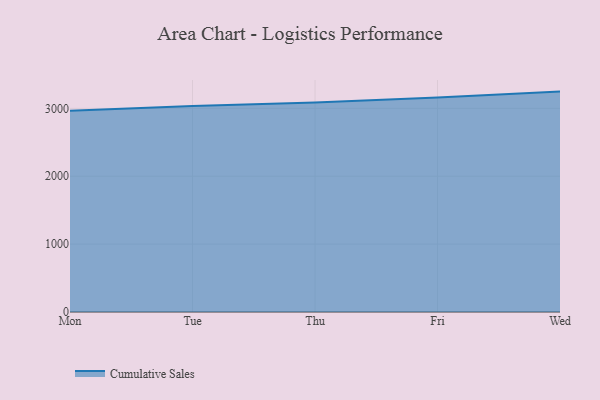
{"axis": {"x": "Day", "y": "Bounce Rate (%)"}, "legend": ["Cumulative Sales"], "data": [{"x": "Mon", "y": 2963.8, "type": "Cumulative Sales"}, {"x": "Tue", "y": 3033.6, "type": "Cumulative Sales"}, {"x": "Thu", "y": 3087.8, "type": "Cumulative Sales"}, {"x": "Fri", "y": 3161.3, "type": "Cumulative Sales"}, {"x": "Wed", "y": 3246.8, "type": "Cumulative Sales"}]}